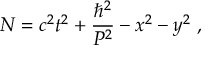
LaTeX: N = c ^ { 2 } t ^ { 2 } + \frac { \hbar ^ { 2 } } { P ^ { 2 } } - x ^ { 2 } - y ^ { 2 } ~ ,